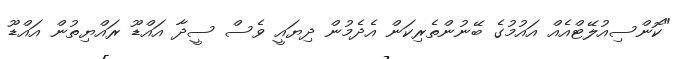
"ކޮންސިއުލޭޓްއެއް އައުމުގެ ބޭނުންތެރިކަން އެދެމުން ދިޔައީ ވެސް ސީދާ އައްޑޫ ރައްޔިތުން އައްޑޫ